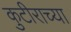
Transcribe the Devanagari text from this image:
कुटीराच्या